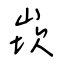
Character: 崁